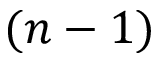
( n - 1 )